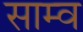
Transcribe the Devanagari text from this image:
साम्व